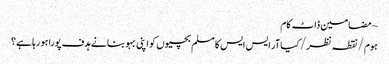
~ مضامین ڈاٹ کام
ہوم/نقطہ نظر/کیا آر ایس ایس کا مسلم بچیوں کو اپنی بہو بنانے ہدف پورا ہو رہا ہے؟